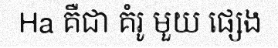
Ha គឺជា គំរូ មួយ ផ្សេង